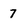
Character: 7